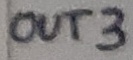
Text: OUT3